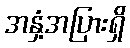
အနှံ့အပြားရှိ